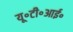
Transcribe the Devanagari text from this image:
यू॰टी॰आई॰